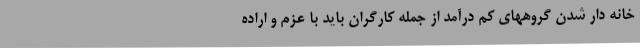
خانه دار شدن گروههای کم درآمد از جمله کارگران باید با عزم و اراده